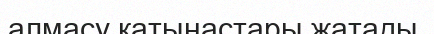
алмасу қатынастары жатады.